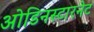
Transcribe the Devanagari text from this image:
ओडिनस्टारनेट